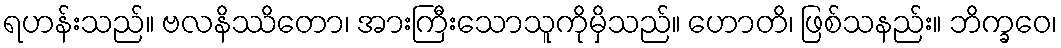
ရဟန်းသည်။ ဗလနိဿိတော၊ အားကြီးသောသူကိုမှိသည်။ ဟောတိ၊ ဖြစ်သနည်း။ ဘိက္ခဝေ၊